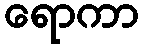
ရောကာ